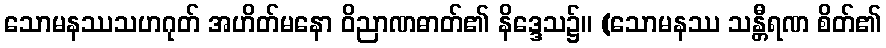
သောမနဿသဟဂုတ် အဟိတ်မနော ဝိညာဏဓာတ်၏ နိဒ္ဒေသ၌။ (သောမနဿ သန္တီရဏ စိတ်၏